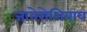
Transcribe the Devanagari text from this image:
जानेरोशिवाय